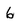
Character: 6